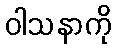
ဝါသနာကို